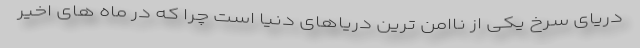
دریای سرخ یکی از ناامن ترین دریاهای دنیا است چرا که در ماه های اخیر